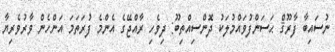
ނުސައިބާ ފާރޫޤް ޙަސަންފުވައްމުލަކު ދޮންސިއްތިބޫ: ދިވެހި ރާއްޖޭގެ އެންމެ ފުރަތަމަ އަންހެން ވާރުވެރިޔާ